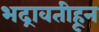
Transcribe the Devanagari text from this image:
भद्रावतीहून